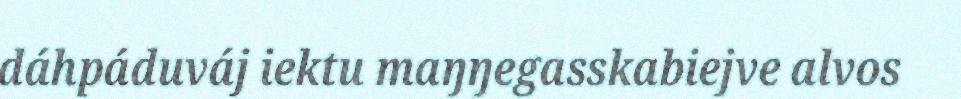
dáhpáduváj iektu maŋŋegasskabiejve alvos